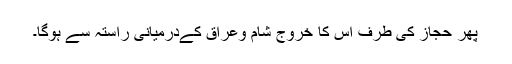
پھر حجاز کی طرف اس کا خروج شام وعراق کےدرمیانی راستہ سے ہوگا۔